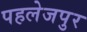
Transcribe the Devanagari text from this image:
पहलेजपुर